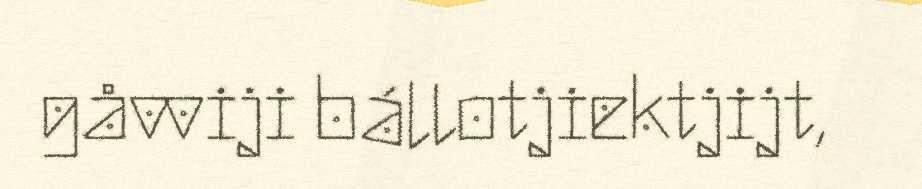
gåvviji bállotjiektjijt,